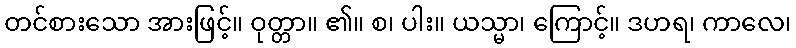
တင်စားသော အားဖြင့်။ ဝုတ္တာ။ ၏။ စ၊ ပါး။ ယသ္မာ၊ ကြောင့်။ ဒဟရ၊ ကာလေ၊